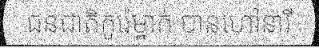
ជនជាតិកូរ៉េម្នាក់ បានហៅនារី